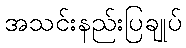
အသင်းနည်းပြချုပ်